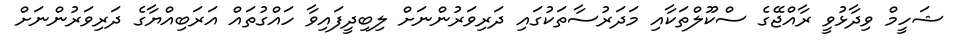
ޝަހީމް ވިދާޅުވީ ރާއްޖޭގެ ސްކޫލްތަކާއި މަދަރުސާތަކުގައި ދަރިވަރުންނަށް ލިބިދީފައިވާ ހައްގުތައް އަރަބިއްޔާގެ ދަރިވަރުންނަށް